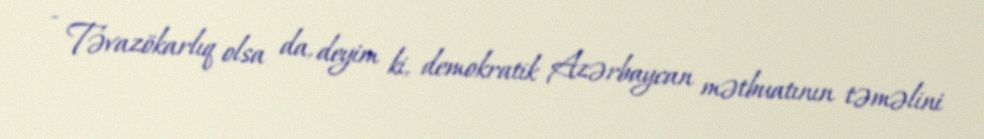
- Təvazökarlıq olsa da, deyim ki, demokratik Azərbaycan mətbuatının təməlini